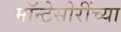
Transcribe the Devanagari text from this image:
मॉन्टेसोरींच्या